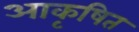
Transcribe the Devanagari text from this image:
आकृषित